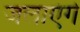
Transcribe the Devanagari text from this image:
जलाएंगे